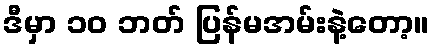
ဒီမှာ ၁၀ ဘတ် ပြန်မအမ်းနဲ့တော့။